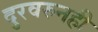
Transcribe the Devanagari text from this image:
दुरवरुनही